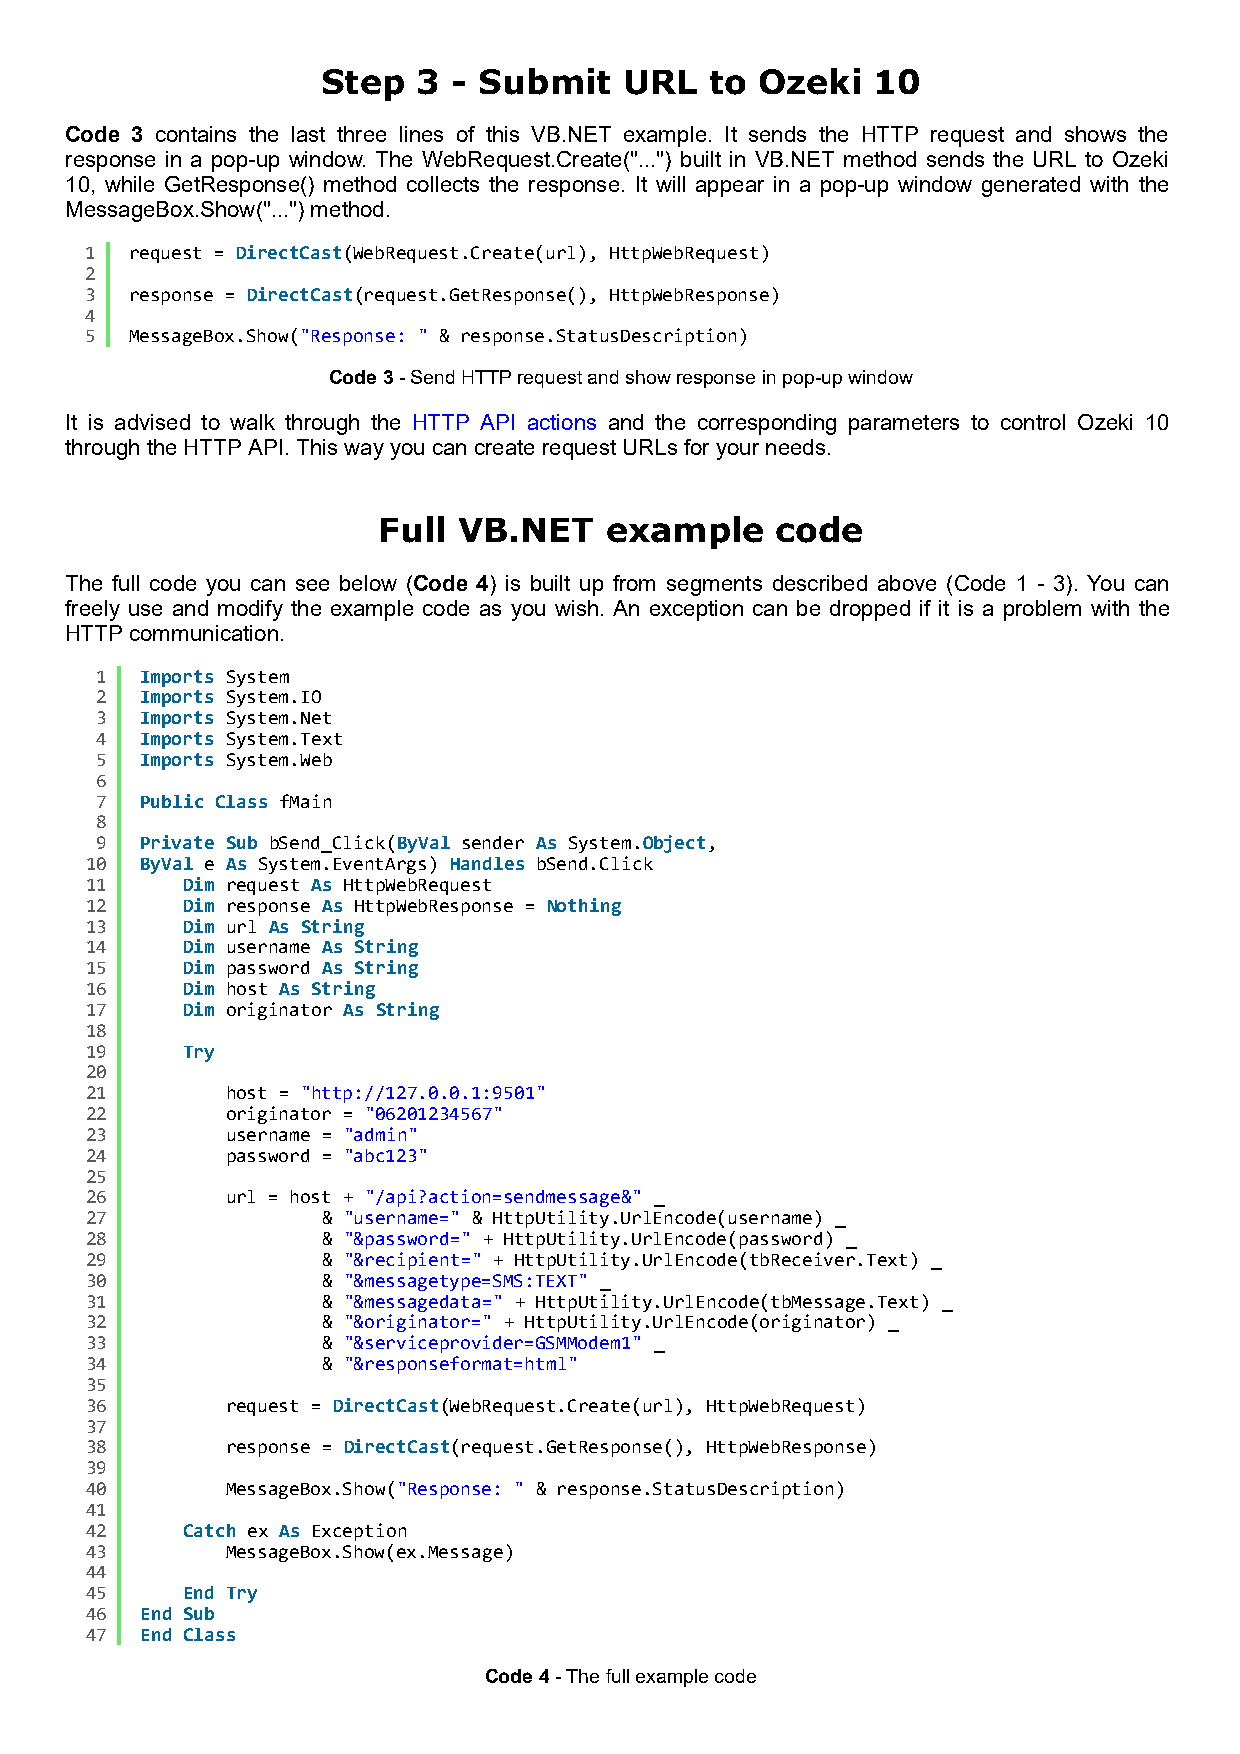
Step   3 - Submit   URL   to Ozeki   10
 Code 3 contains the last three lines of this VB.NET example. It sends the HTTP request and shows the
 response in a pop-up window. The WebRequest.Create("...") built in VB.NET method sends the URL to Ozeki
 10, while GetResponse() method collects the response. It will appear in a pop-up window generated with the
 MessageBox.Show("...") method.
 1  request = DirectCast(WebRequest.Create(url), HttpWebRequest)
 2
 3  response = DirectCast(request.GetResponse(), HttpWebResponse)
 4
 5  MessageBox.Show("Response: " & response.StatusDescription)
 Code 3 - Send HTTP request and show response in pop-up window
 It is advised to walk through the HTTP API actions and the corresponding parameters to control Ozeki 10
 through the HTTP API. This way you can create request URLs for your needs.
 Full VB.NET    example    code
 The full code you can see below (Code 4) is built up from segments described above (Code 1 - 3). You can
 freely use and modify the example code as you wish. An exception can be dropped if it is a problem with the
 HTTP communication.
 1  Imports System
 2  Imports System.IO
 3  Imports System.Net
 4  Imports System.Text
 5  Imports System.Web
 6
 7  Public Class fMain
 8
 9  Private Sub bSend_Click(ByVal sender As System.Object,
 10 ByVal e As System.EventArgs) Handles bSend.Click
 11    Dim request As HttpWebRequest
 12    Dim response As HttpWebResponse = Nothing
 13    Dim url As String
 14    Dim username As String
 15    Dim password As String
 16    Dim host As String
 17    Dim originator As String
 18
 19    Try
 20
 21       host = "http://127.0.0.1:9501"
 22       originator = "06201234567"
 23       username = "admin"
 24       password = "abc123"
 25
 26       url = host + "/api?action=sendmessage&" _
 27             & "username=" & HttpUtility.UrlEncode(username) _
 28             & "&password=" + HttpUtility.UrlEncode(password) _
 29             & "&recipient=" + HttpUtility.UrlEncode(tbReceiver.Text) _
 30             & "&messagetype=SMS:TEXT" _
 31             & "&messagedata=" + HttpUtility.UrlEncode(tbMessage.Text) _
 32             & "&originator=" + HttpUtility.UrlEncode(originator) _
 33             & "&serviceprovider=GSMModem1" _
 34             & "&responseformat=html"
 35
 36       request = DirectCast(WebRequest.Create(url), HttpWebRequest)
 37
 38       response = DirectCast(request.GetResponse(), HttpWebResponse)
 39
 40       MessageBox.Show("Response: " & response.StatusDescription)
 41
 42    Catch ex As Exception
 43       MessageBox.Show(ex.Message)
 44
 45    End Try
 46 End Sub
 47 End Class
 Code 4 - The full example code